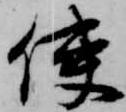
使